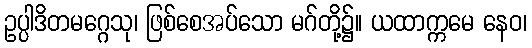
ဥပ္ပါဒိတမဂ္ဂေသု၊ ဖြစ်စေအပ်သော မဂ်တို့၌။ ယထာက္ကမေ နေဝ၊